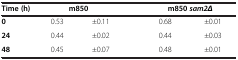
<table><thead><tr><td><b>Time (h)</b></td><td colspan="2"><b>m850</b></td><td colspan="2"><b>m850<i>sam2Δ</i></b></td></tr></thead><tbody><tr><td><b>0</b></td><td>0.53</td><td>±0.11</td><td>0.68</td><td>±0.01</td></tr><tr><td><b>24</b></td><td>0.44</td><td>±0.02</td><td>0.44</td><td>±0.03</td></tr><tr><td><b>48</b></td><td>0.45</td><td>±0.07</td><td>0.48</td><td>±0.01</td></tr></tbody></table>